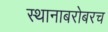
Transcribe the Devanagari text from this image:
स्थानाबरोबरच